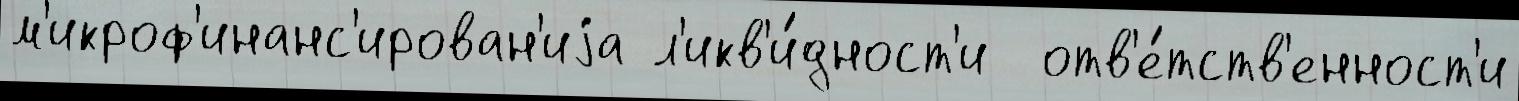
м'икроф'инанс'ирован'иjа л'икв'и́дност'и  отв'е́тств'енност'и